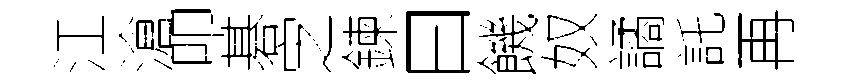
江滄叩碁㝎鍊曰饑奴譎託再